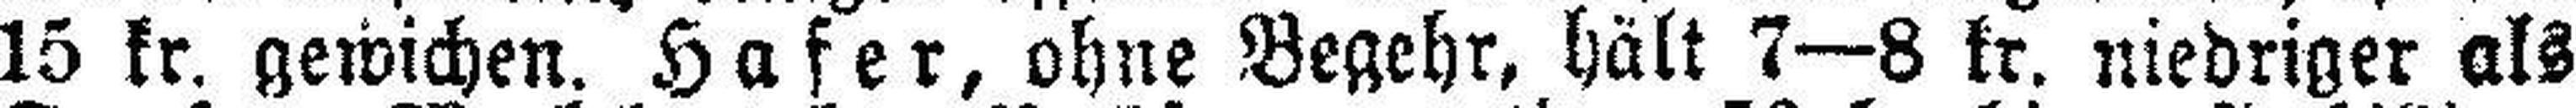
15 kr. gewichen. Hafer, ohne Begehr, hält 7—8 kr. niedriger als